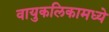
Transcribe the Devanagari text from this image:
वायुकलिकामध्ये